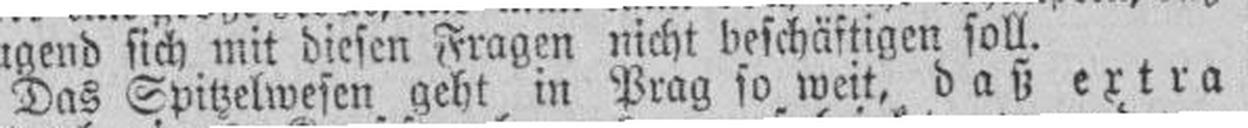
Das Spitzelwesen geht in Prag so weit, daß extra